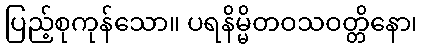
ပြည့်စုကုန်သော။ ပရနိမ္မိတဝသဝတ္တိနော၊